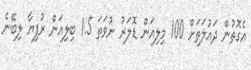
އެގޮތުން ދައުލަތަށް 100 މިލިއަން ޑޮލަރު ނުވަތަ 1.5 ބިލިއަން ރުފިޔާ ލިބޭނެ